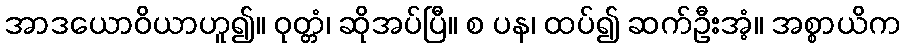
အာဒယောဝိယာဟူ၍။ ဝုတ္တံ၊ ဆိုအပ်ပြီ။ စ ပန၊ ထပ်၍ ဆက်ဦးအံ့။ အစ္စာယိက